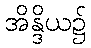
အိန္ဒိယ၌